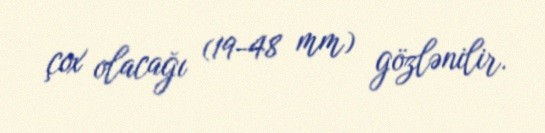
çox olacağı (19-48 mm) gözlənilir.